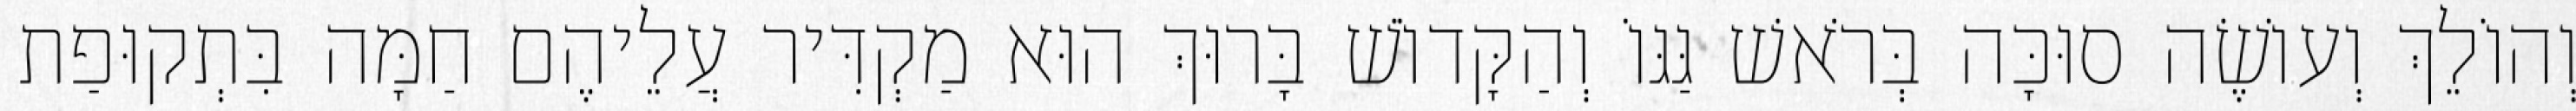
וְהוֹלֵךְ וְעוֹשֶׂה סוּכָּה בְּרֹאשׁ גַּגּוֹ וְהַקָּדוֹשׁ בָּרוּךְ הוּא מַקְדִּיר עֲלֵיהֶם חַמָּה בִּתְקוּפַת